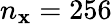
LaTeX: n_{\mathbf{x}}=256